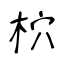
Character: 柼